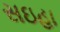
સઇહા